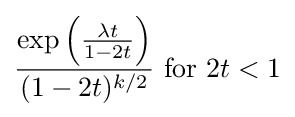
{\frac {\exp \left({\frac {\lambda t}{1-2t}}\right)}{(1-2t)^{k/2}}}{\text{ for }}2t<1